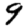
Digit: 9